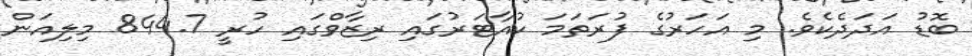
ބޮޑު އަދަދެކެވެ. މި އަހަރުގެ ފުރަތަމަ ކުއާޓަރުގައި ރިޒާވްގައި ހުރީ 844.7 މިލިއަން